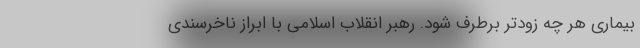
بیماری هر چه زودتر برطرف شود. رهبر انقلاب اسلامی با ابراز ناخرسندی